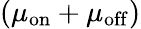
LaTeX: (\mu_{\mathrm{on}}+\mu_{\mathrm{off}})